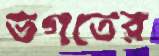
ভগতের